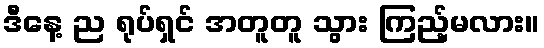
ဒီနေ့ ည ရုပ်ရှင် အတူတူ သွား ကြည့်မလား။